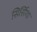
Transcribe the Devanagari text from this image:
सिर्सिया